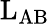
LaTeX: \mathrm{L}_{\mathrm{AB}}